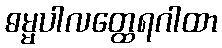
ဓမ္မပါလတ္ထေရဂါထာ